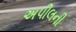
અપીલની